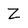
Character: Z